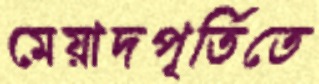
মেয়াদপূর্তিতে